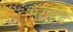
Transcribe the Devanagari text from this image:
सैटार्डडे